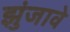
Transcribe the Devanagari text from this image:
झुंजावे